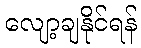
လျော့ချနိုင်ရန်